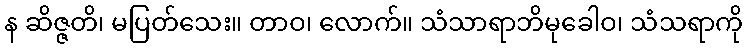
န ဆိဇ္ဇတိ၊ မပြတ်သေး။ တာဝ၊ လောက်။ သံသာရာဘိမုခေါဝ၊ သံသရာကို